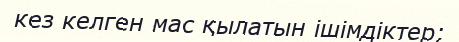
кез келген мас қылатын ішімдіктер;